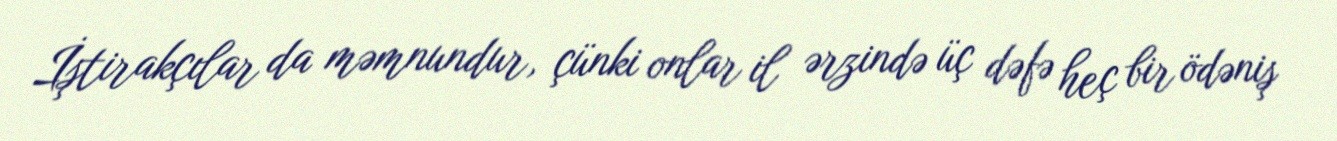
İştirakçılar da məmnundur, çünki onlar il ərzində üç dəfə heç bir ödəniş